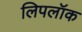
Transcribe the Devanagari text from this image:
लिपलॉक